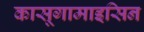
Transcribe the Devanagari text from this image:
कासूगामाइसिन